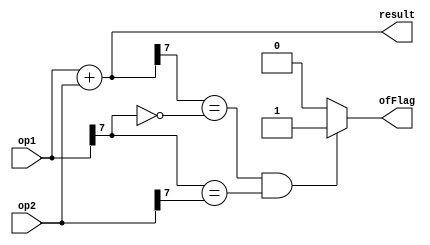
`timescale 1ns / 1ps
//////////////////////////////////////////////////////////////////////////////////
// Company: 
// Engineer: 
// 
// Design Name: 
// Module Name:    adder 
// Project Name: 
// Target Devices: 
// Tool versions: 
// Description: 
//
// Dependencies: 
//
// Revision: 
// Revision 0.01 - File Created
// Additional Comments: 
//
//////////////////////////////////////////////////////////////////////////////////
module adder(op1,op2,result,ofFlag);
    input [7:0] op1;
    input [7:0] op2;
    output reg [7:0] result;
    output reg ofFlag;

	always@(op1,op2)
		begin
			{ofFlag,result} = op1 + op2;
			
			if(result[7]==!op1[7] && op1[7]==op2[7])
				begin
					ofFlag =  1'b1;
				end
			else
				begin
					ofFlag = 1'b0;
				end
		end

endmodule